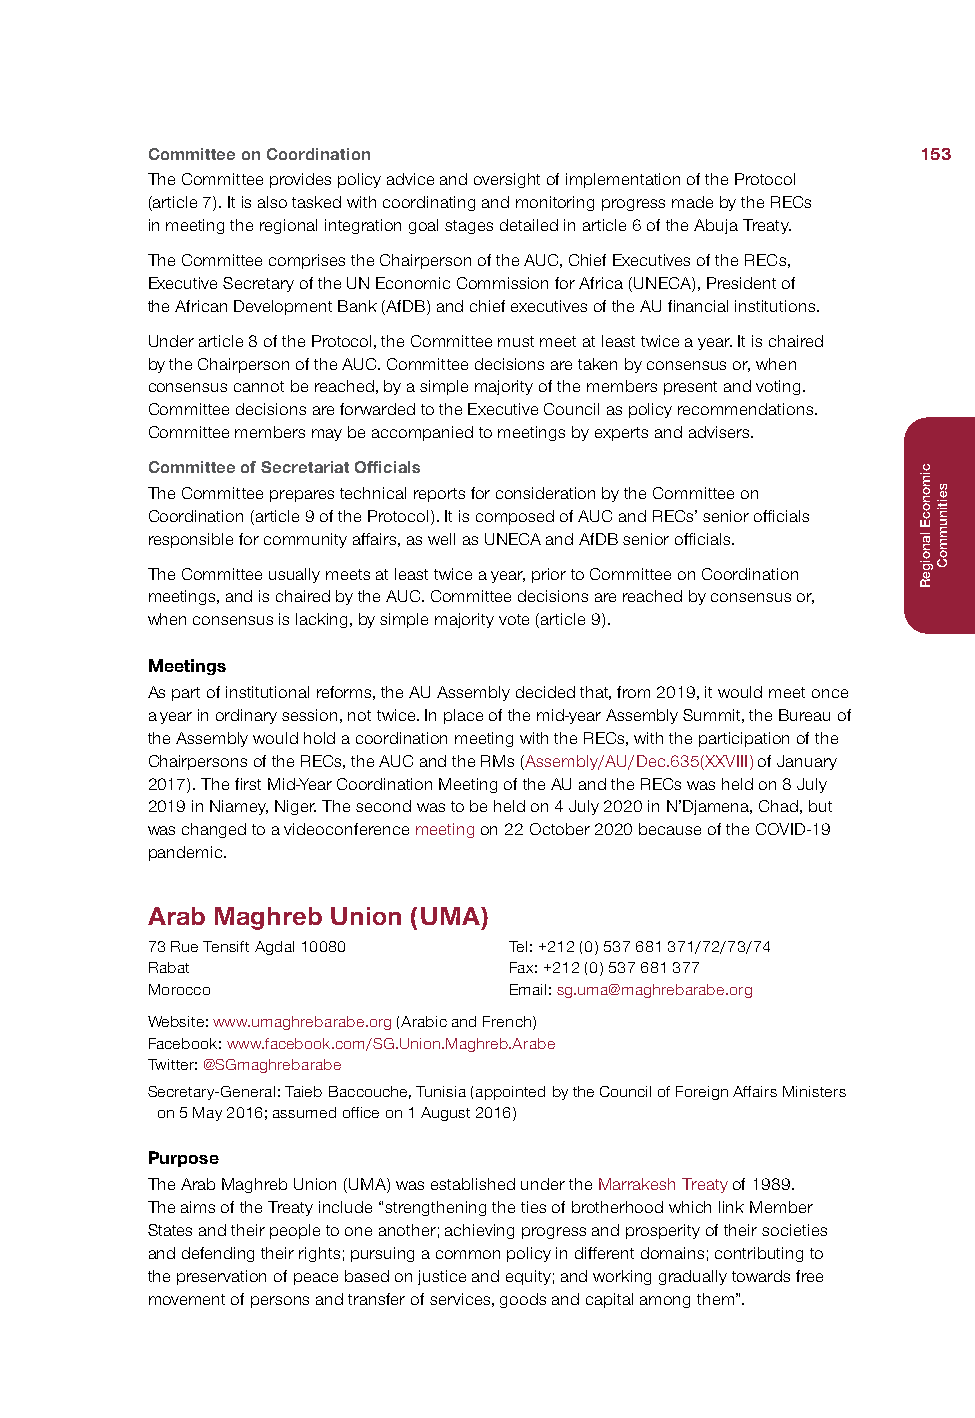
Committee on Coordination                          153
 The Committee provides policy advice and oversight of implementation of the Protocol
 (article 7). It is also tasked with coordinating and monitoring progress made by the RECs
 in meeting the regional integration goal stages detailed in article 6 of the Abuja Treaty.
 The Committee comprises the Chairperson of the AUC, Chief Executives of the RECs,
 Executive Secretary of the UN Economic Commission for Africa (UNECA), President of
 the African Development Bank (AfDB) and chief executives of the AU financial institutions.
 Under article 8 of the Protocol, the Committee must meet at least twice a year. It is chaired
 by the Chairperson of the AUC. Committee decisions are taken by consensus or, when
 consensus cannot be reached, by a simple majority of the members present and voting.
 Committee decisions are forwarded to the Executive Council as policy recommendations.
 Committee members may be accompanied to meetings by experts and advisers.
 Committee of Secretariat Officials
 The Committee prepares technical reports for consideration by the Committee on
 Coordination (article 9 of the Protocol). It is composed of AUC and RECs’ senior officials
 responsible for community affairs, as well as UNECA and AfDB senior officials.
 The Committee usually meets at least twice a year, prior to Committee on Coordination
 meetings, and is chaired by the AUC. Committee decisions are reached by consensus or,
 when consensus is lacking, by simple majority vote (article 9).
 Meetings
 As part of institutional reforms, the AU Assembly decided that, from 2019, it would meet once
 a year in ordinary session, not twice. In place of the mid-year Assembly Summit, the Bureau of
 the Assembly would hold a coordination meeting with the RECs, with the participation of the
 Chairpersons of the RECs, the AUC and the RMs (Assembly/AU/Dec.635(XXVIII) of January
 2017). The first Mid-Year Coordination Meeting of the AU and the RECs was held on 8 July
 2019 in Niamey, Niger. The second was to be held on 4 July 2020 in N’Djamena, Chad, but
 was changed to a videoconference meeting on 22 October 2020 because of the COVID-19
 pandemic.
 Arab Maghreb Union (UMA)
 73 Rue Tensift Agdal 10080 Tel: +212 (0) 537 681 371/72/73/74
 Rabat                   Fax: +212 (0) 537 681 377
 Morocco                 Email: sg.uma@maghrebarabe.org
 Website: www.umaghrebarabe.org (Arabic and French)
 Facebook: www.facebook.com/SG.Union.Maghreb.Arabe
 Twitter: @SGmaghrebarabe
 Secretary-General: Taieb Baccouche, Tunisia (appointed by the Council of Foreign Affairs Ministers
 on 5 May 2016; assumed office on 1 August 2016)
 Purpose
 The Arab Maghreb Union (UMA) was established under the Marrakesh Treaty of 1989.
 The aims of the Treaty include “strengthening the ties of brotherhood which link Member
 States and their people to one another; achieving progress and prosperity of their societies
 and defending their rights; pursuing a common policy in different domains; contributing to
 the preservation of peace based on justice and equity; and working gradually towards free
 movement of persons and transfer of services, goods and capital among them”.
 cimonocE
 lanoigeR
 seitinummoC